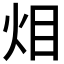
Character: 𱪴